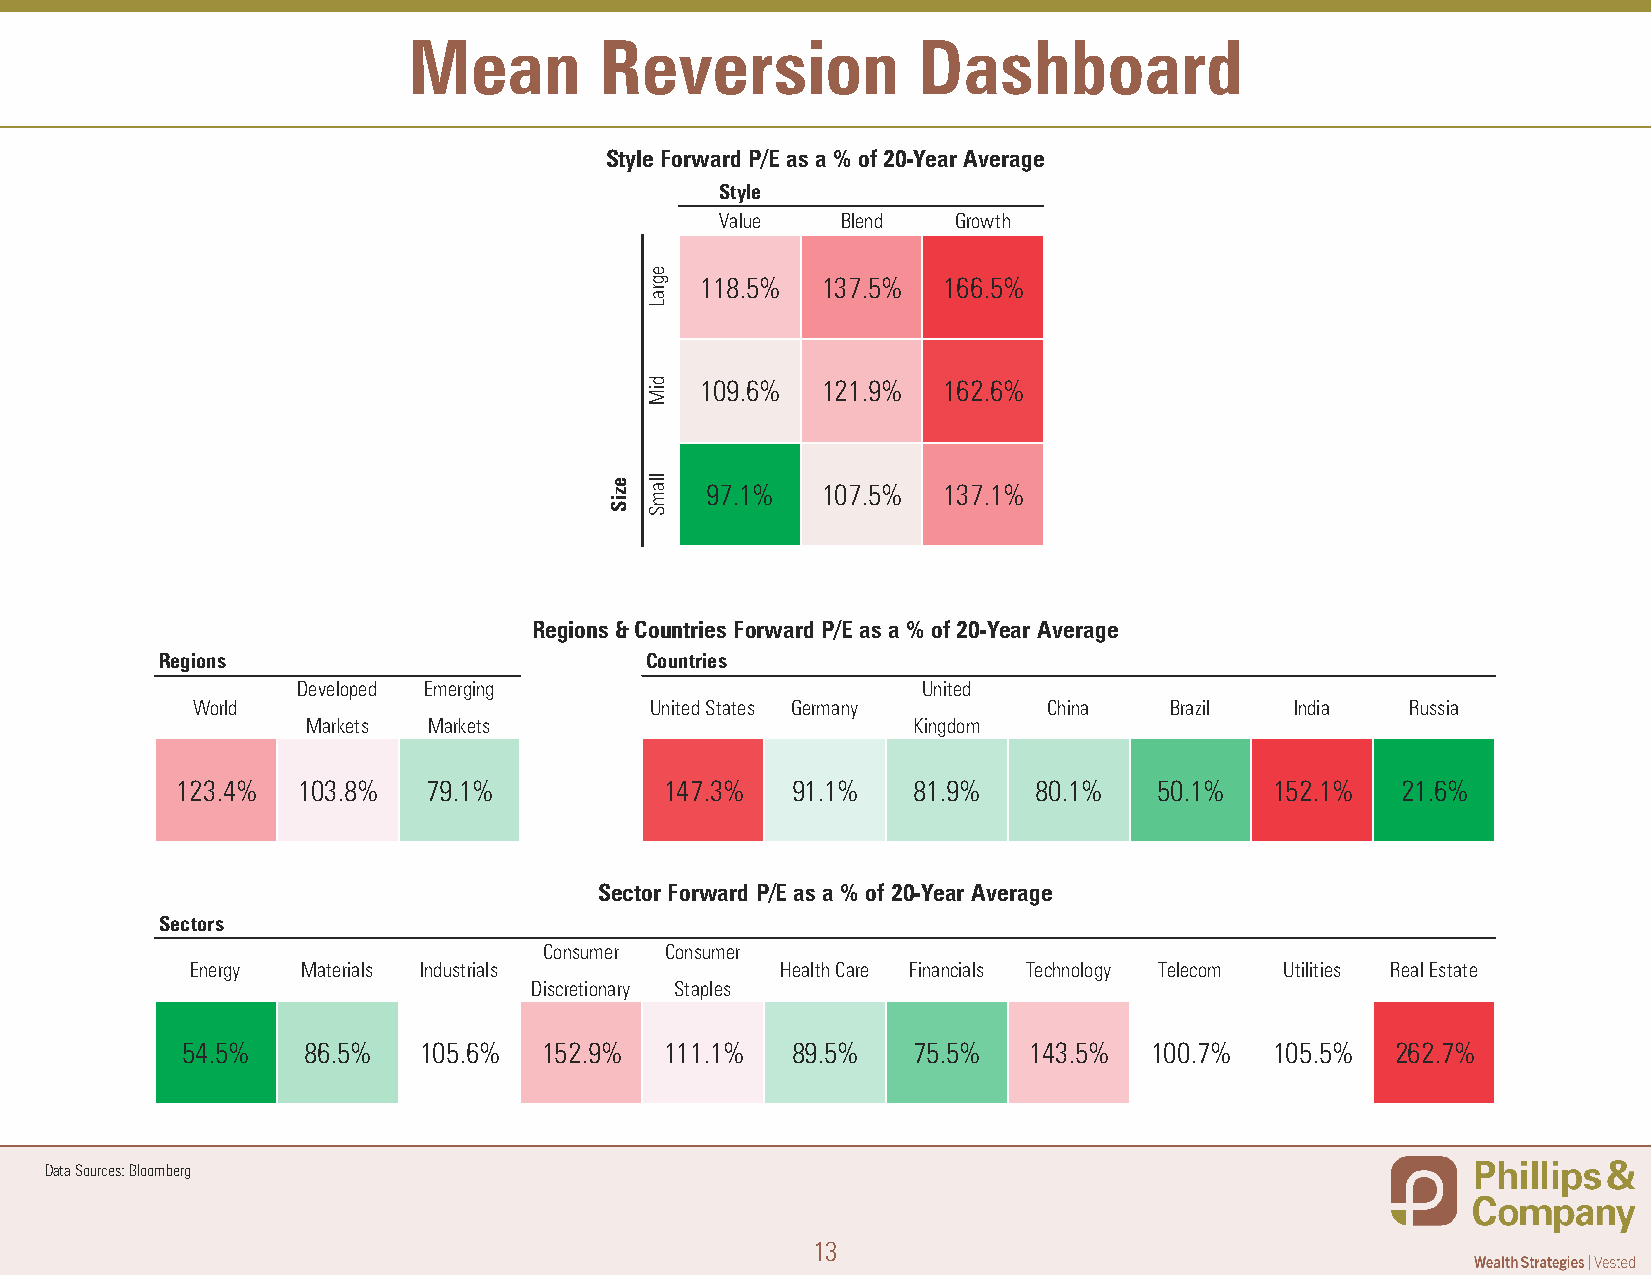
Mean         Reversion            Dashboard
 Style Forward P/E as a % of 20-Year Average
 Style
 Value   Blend  Growth
 118.5%  137.5%  166.5%
 109.6%  121.9%  162.6%
 97.1%  107.5%  137.1%
 Regions & Countries Forward P/E as a % of 20-Year Average
 Regions                          Countries
 Developed Emerging                       United
 World                         United States Germany     China   Brazil   India  Russia
 Markets Markets                         Kingdom
 123.4%  103.8%  79.1%           147.3%  91.1%   81.9%    80.1%   50.1%  152.1%   21.6%
 Sector Forward P/E as a % of 20-Year Average
 Sectors
 Consumer Consumer
 Energy Materials Industrials           Health Care Financials Technology Telecom Utilities Real Estate
 Discretionary Staples
 54.5%   86.5%   105.6%  152.9%  111.1%  89.5%   75.5%   143.5%  100.7%  105.5%  262.7%
 Data Sources: Bloomberg
 13
 eziS
 egraL
 diM
 llamS